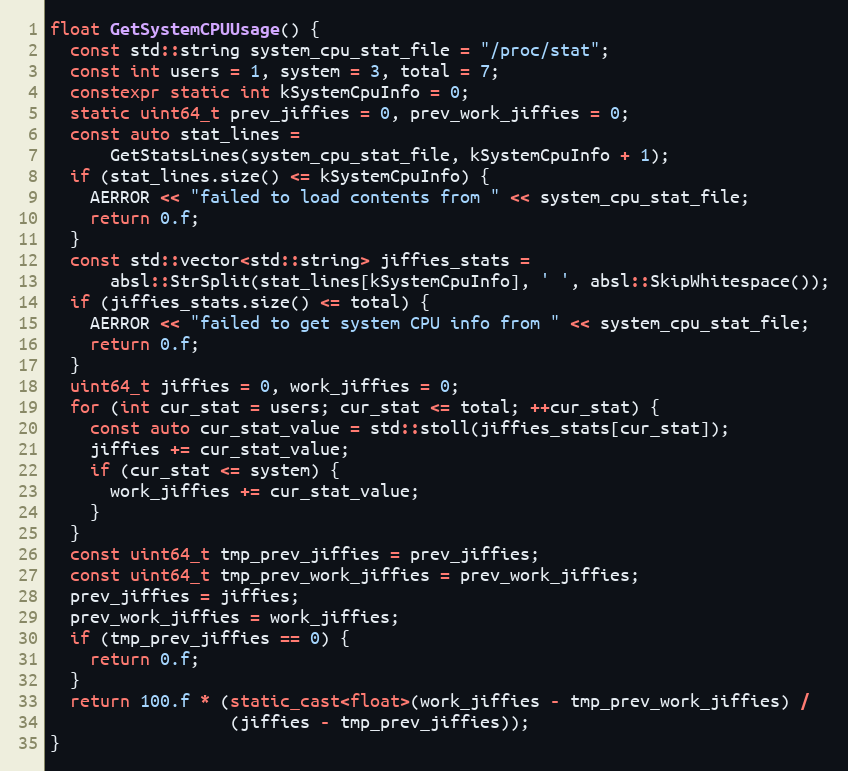
Language: C++
float GetSystemCPUUsage() {
  const std::string system_cpu_stat_file = "/proc/stat";
  const int users = 1, system = 3, total = 7;
  constexpr static int kSystemCpuInfo = 0;
  static uint64_t prev_jiffies = 0, prev_work_jiffies = 0;
  const auto stat_lines =
      GetStatsLines(system_cpu_stat_file, kSystemCpuInfo + 1);
  if (stat_lines.size() <= kSystemCpuInfo) {
    AERROR << "failed to load contents from " << system_cpu_stat_file;
    return 0.f;
  }
  const std::vector<std::string> jiffies_stats =
      absl::StrSplit(stat_lines[kSystemCpuInfo], ' ', absl::SkipWhitespace());
  if (jiffies_stats.size() <= total) {
    AERROR << "failed to get system CPU info from " << system_cpu_stat_file;
    return 0.f;
  }
  uint64_t jiffies = 0, work_jiffies = 0;
  for (int cur_stat = users; cur_stat <= total; ++cur_stat) {
    const auto cur_stat_value = std::stoll(jiffies_stats[cur_stat]);
    jiffies += cur_stat_value;
    if (cur_stat <= system) {
      work_jiffies += cur_stat_value;
    }
  }
  const uint64_t tmp_prev_jiffies = prev_jiffies;
  const uint64_t tmp_prev_work_jiffies = prev_work_jiffies;
  prev_jiffies = jiffies;
  prev_work_jiffies = work_jiffies;
  if (tmp_prev_jiffies == 0) {
    return 0.f;
  }
  return 100.f * (static_cast<float>(work_jiffies - tmp_prev_work_jiffies) /
                  (jiffies - tmp_prev_jiffies));
}